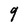
Character: 9